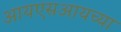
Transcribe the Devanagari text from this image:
आयएसआयच्या